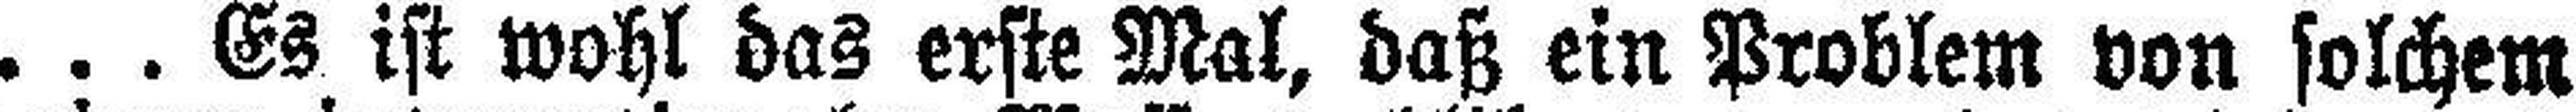
... Es ist wohl das erste Mal, daß ein Problem von solchem